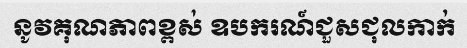
នូវគុណភាពខ្ពស់ ឧបករណ៍ជួសជុលកាក់